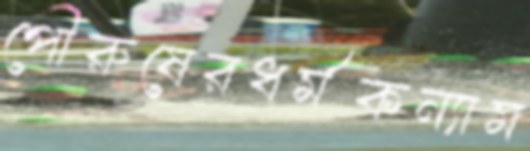
পৌরুষেরধর্মকন্যাম